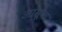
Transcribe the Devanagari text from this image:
आसूक